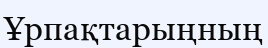
Ұрпақтарыңның